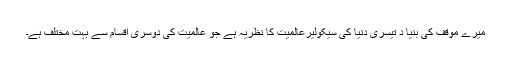
میرے موقف کی بنیا د تیسری دنیا کی سیکولیرعالمیت کا نظریہ ہے جو عالمیت کی دوسری اقسام سے بہت مختلف ہے۔